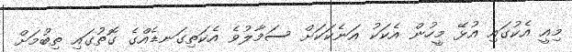
މިއީ އެކުގައި އުޅޭ މީހުން އެކަކު އަނެކަކަށް ސަމާލުވެ އެކަތިގަނޑެއްގެ ގޮތުގައި ތިބުމަށް